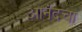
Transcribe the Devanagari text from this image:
आनंदचा